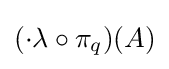
(\cdot \lambda \circ \pi _{q})(A)